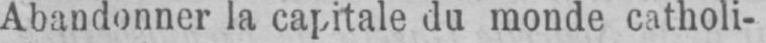
Abandonner la capitale du monde catholi-